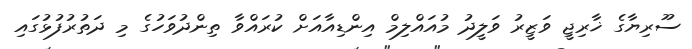
ސޫރިޔާގެ ޚާރިޖީ ވަޒީރު ވަލީދު މުއައްލިމް އިންޑިއާއަށް ކުރައްވާ ތިންދުވަހުގެ މި ދަތުރުފުޅުގައި